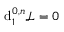
{ \mathrm { d } } _ { 1 } ^ { 0 , n } { \mathcal { L } } = 0